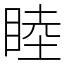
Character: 睦